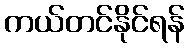
ကယ်တင်နိုင်ရန်